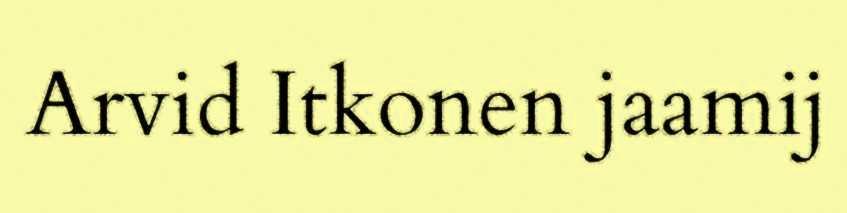
Arvid Itkonen jaamij